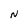
Character: N